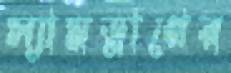
স্যামড্রাপের